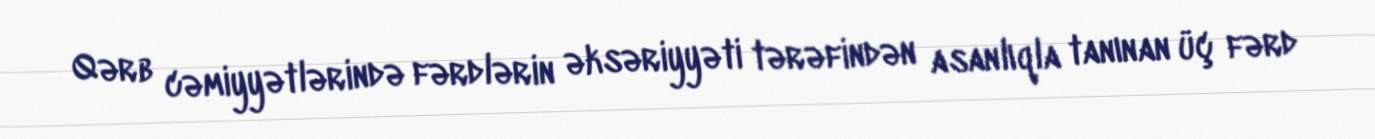
Qərb cəmiyyətlərində fərdlərin əksəriyyəti tərəfindən asanlıqla tanınan üç fərd